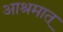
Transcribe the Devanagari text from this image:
आश्रमात्‌